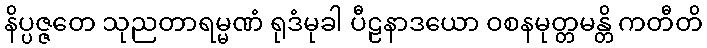
နိပ္ပဇ္ဇတေ သုညတာရမ္မဏံ ရုဒံမုခါ ပီဠနာဒယော ဝစနမုတ္တမန္တိ ကတီတိ